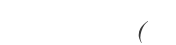
(